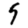
Digit: 9